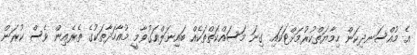
އެ މުއްސަނދިކަން ހިމާޔަތްކުރުމަށްޓަކައި ގިނަ މަސައްކަތްތަކެއް ބައިނަލްއަގުވާމީ މުއާހަދާތަކުގެ ތެރެއިން ވެސް ކުރަން